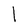
Character: l